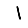
Digit: 1